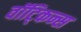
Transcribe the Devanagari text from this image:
वॉट्किन्स